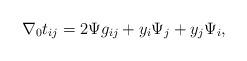
LaTeX: \begin{align*}\nabla_0t_{ij}=2\Psi g_{ij}+y_i\Psi_{j}+y_{j}\Psi_{i}, \end{align*}